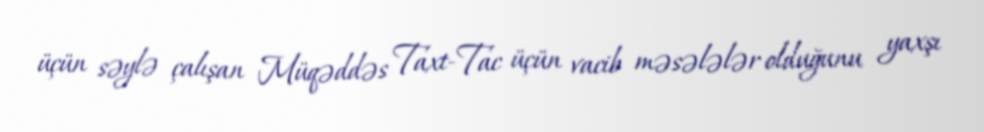
üçün səylə çalışan Müqəddəs Taxt-Tac üçün vacib məsələlər olduğunu yaxşı